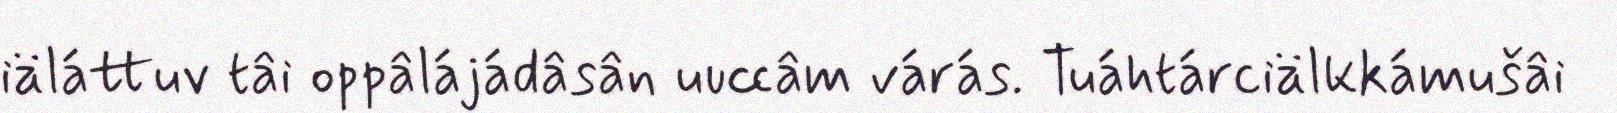
iäláttuv tâi oppâlájádâsân uuccâm várás. Tuáhtárciälkkámušâi